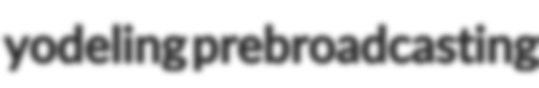
yodeling prebroadcasting